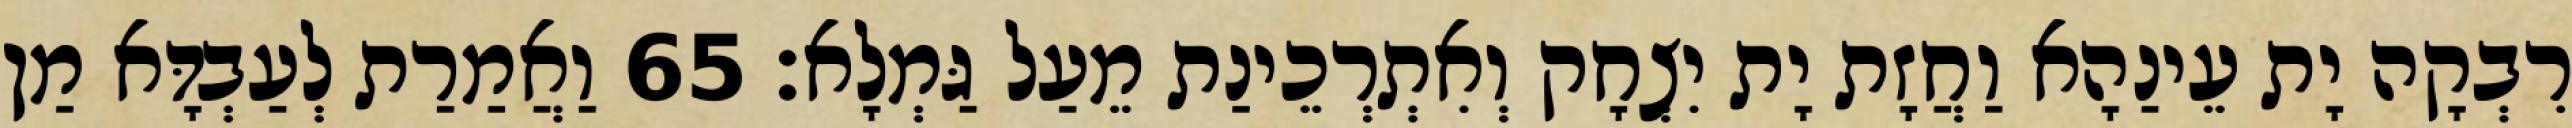
רִבְקָה יָת עֵינַהָא וַחֲזָת יָת יִצְחָק וְאִתְרְכֵינַת מֵעַל גַּמְלָא׃ 65 וַאֲמַרַת לְעַבְדָּא מַן